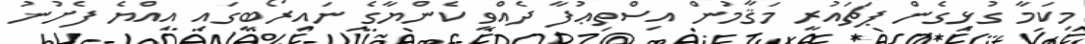
މިކަމާ ގުޅިގެން ޕަޗައުރީ މަޤާމުން އިސްތިޢުފާ ދެއްވީ ކެންޔާގެ ނައިރޯބީގައި އިއްޔެ ފެށުނު